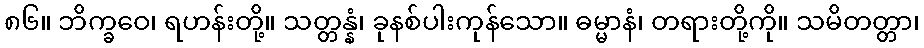
၈၆။ ဘိက္ခဝေ၊ ရဟန်းတို့။ သတ္တန္နံ၊ ခုနစ်ပါးကုန်သော။ ဓမ္မာနံ၊ တရားတို့ကို။ သမိတတ္တာ၊